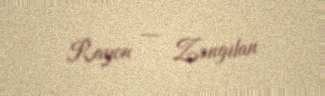
Rayon — Zəngilan